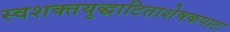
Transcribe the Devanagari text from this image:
स्वशक्तयुद्धाटिताशेषकपाटः